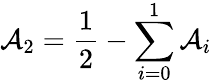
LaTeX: \mathcal{A}_{2}=\frac{{1}}{{2}}-\sum_{i=0}^{1}\mathcal{A}_{i}